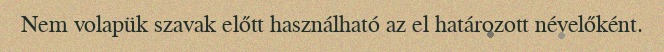
Nem volapük szavak előtt használható az el határozott névelőként.